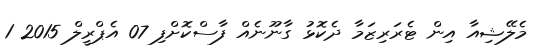
މެލޭޝިއާ އިން ޓެރަރިޒަމާ ދެކޮޅު ގާނޫނެއް ފާސްކޮށްފި 07 އެޕްރީލް 2015 1